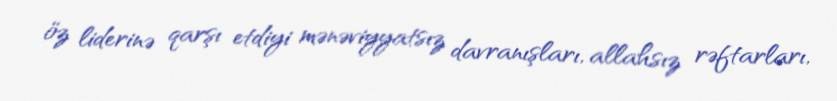
öz liderinə qarşı etdiyi mənəviyyatsız davranışları, allahsız rəftarları,